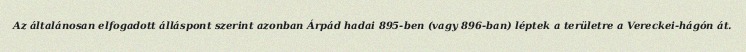
Az általánosan elfogadott álláspont szerint azonban Árpád hadai 895-ben (vagy 896-ban) léptek a területre a Vereckei-hágón át.